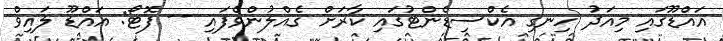
އައްޑޫގައި މިއަދު ހިނގި އެކްސިޑެންޓުގައި ކާރަށް ގެއްލުންވެފައި -- ފޮޓޯ: އައްޑޫ ލައިވް